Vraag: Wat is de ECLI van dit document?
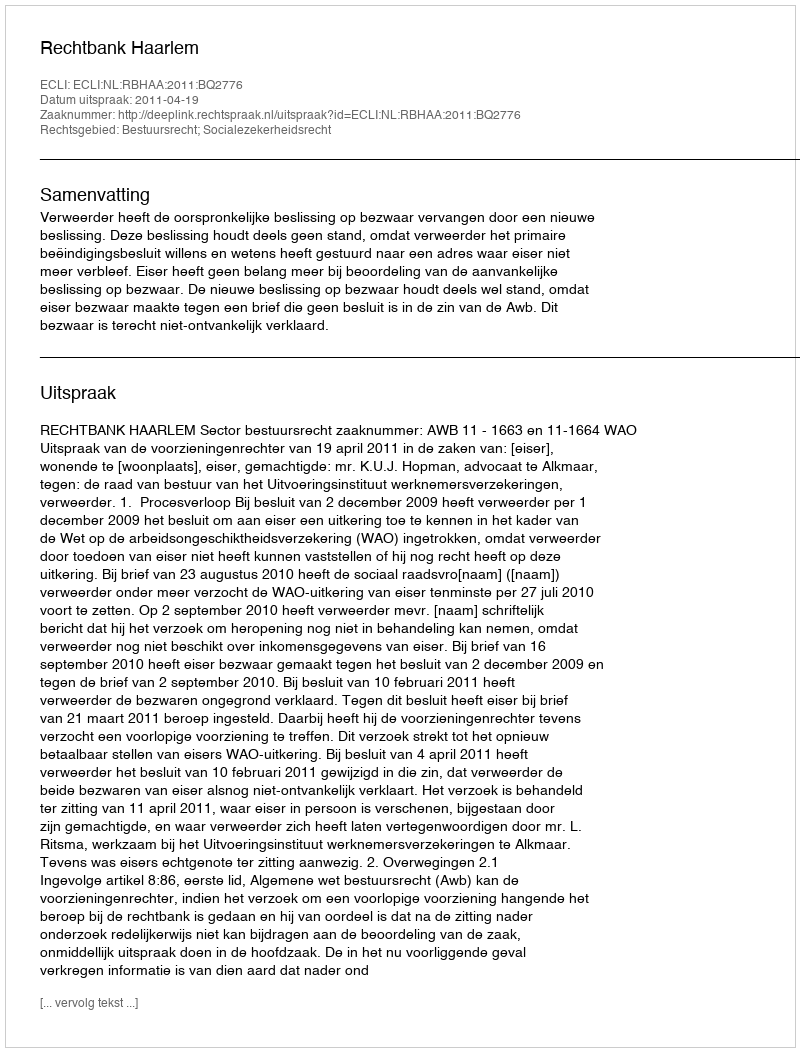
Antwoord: ECLI:NL:RBHAA:2011:BQ2776